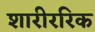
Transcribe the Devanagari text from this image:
शारीररिक